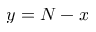
y = N - x